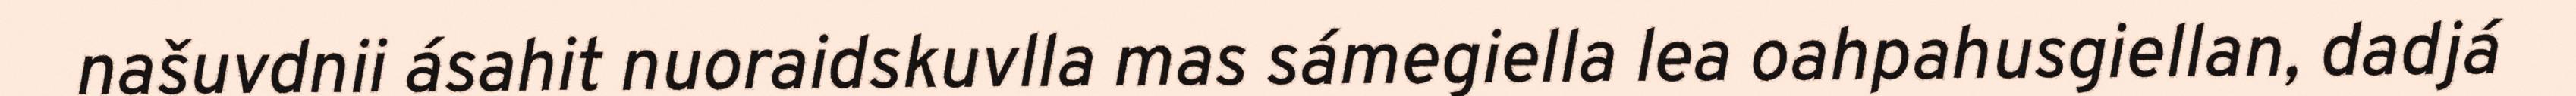
našuvdnii ásahit nuoraidskuvlla mas sámegiella lea oahpahusgiellan, dadjá